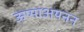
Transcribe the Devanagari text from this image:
ऊष्माअयनन